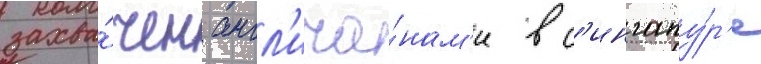
захва́чен англ'ича́нам'и в с'ингапу́р'е